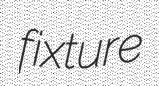
fixture